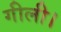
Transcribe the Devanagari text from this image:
गीली।